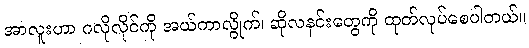
အာလူးဟာ ဂလိုလိုင်ကို အယ်ကာလွိုက်၊ ဆိုလနင်းတွေကို ထုတ်လုပ်စေပါတယ်။